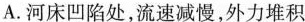
A.河床凹陷处，流速减慢，外力堆积